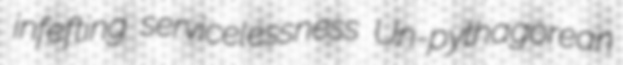
infefting servicelessness Un-pythagorean